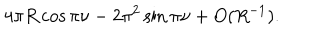
4 \pi R \cos \pi \nu - 2 \pi ^ { 2 } \sin \pi \nu + O ( R ^ { - 1 } ) .